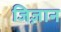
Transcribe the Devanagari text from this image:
जिज़ान